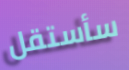
سأستقل